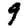
Digit: 9